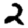
Digit: 2